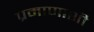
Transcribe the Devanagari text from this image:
प्रमाणाशी